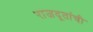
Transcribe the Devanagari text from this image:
राजदूतांची